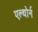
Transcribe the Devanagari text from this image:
एल्थोर्न